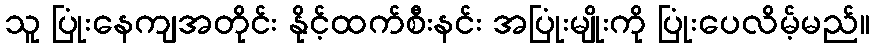
သူ ပြုံးနေကျအတိုင်း နိုင့်ထက်စီးနင်း အပြုံးမျိုးကို ပြုံးပေလိမ့်မည်။